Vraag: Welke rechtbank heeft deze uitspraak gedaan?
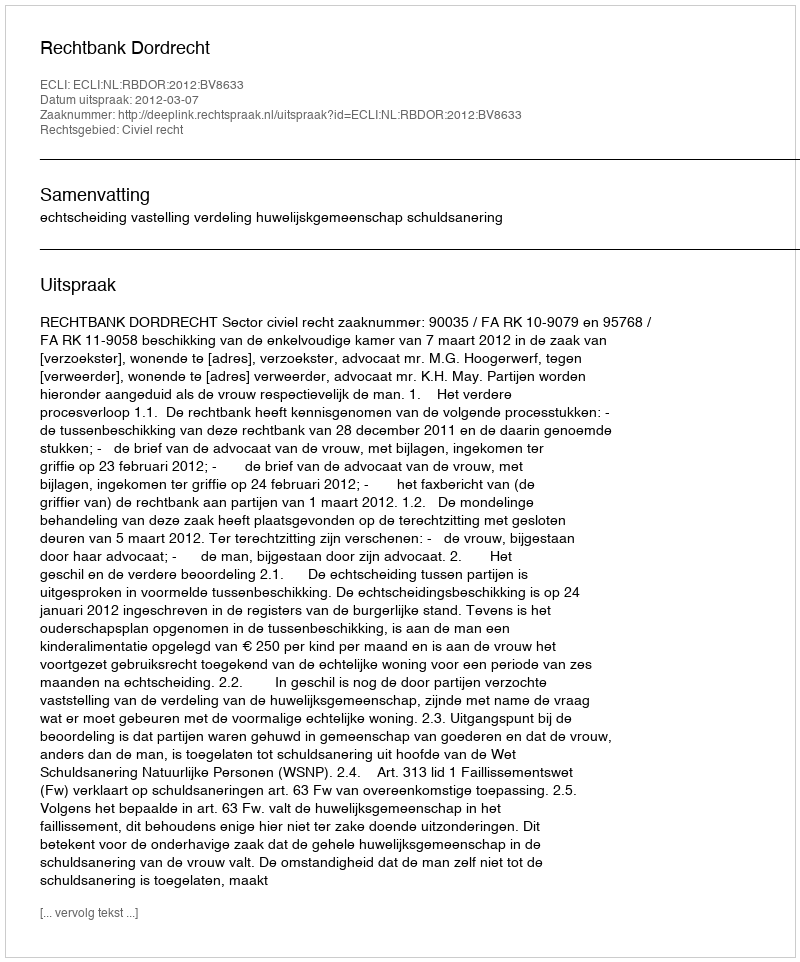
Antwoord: Rechtbank Dordrecht